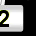
Digit: 2